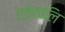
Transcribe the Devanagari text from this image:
एकावलि